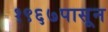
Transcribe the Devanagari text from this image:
१९६७पासून